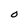
Character: O